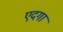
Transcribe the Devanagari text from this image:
एदगा